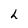
Character: h